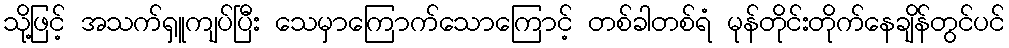
သို့ဖြင့် အသက်ရှူကျပ်ပြီး သေမှာကြောက်သောကြောင့် တစ်ခါတစ်ရံ မုန်တိုင်းတိုက်နေချိန်တွင်ပင်